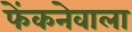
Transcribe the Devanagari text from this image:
फेंकनेवाला